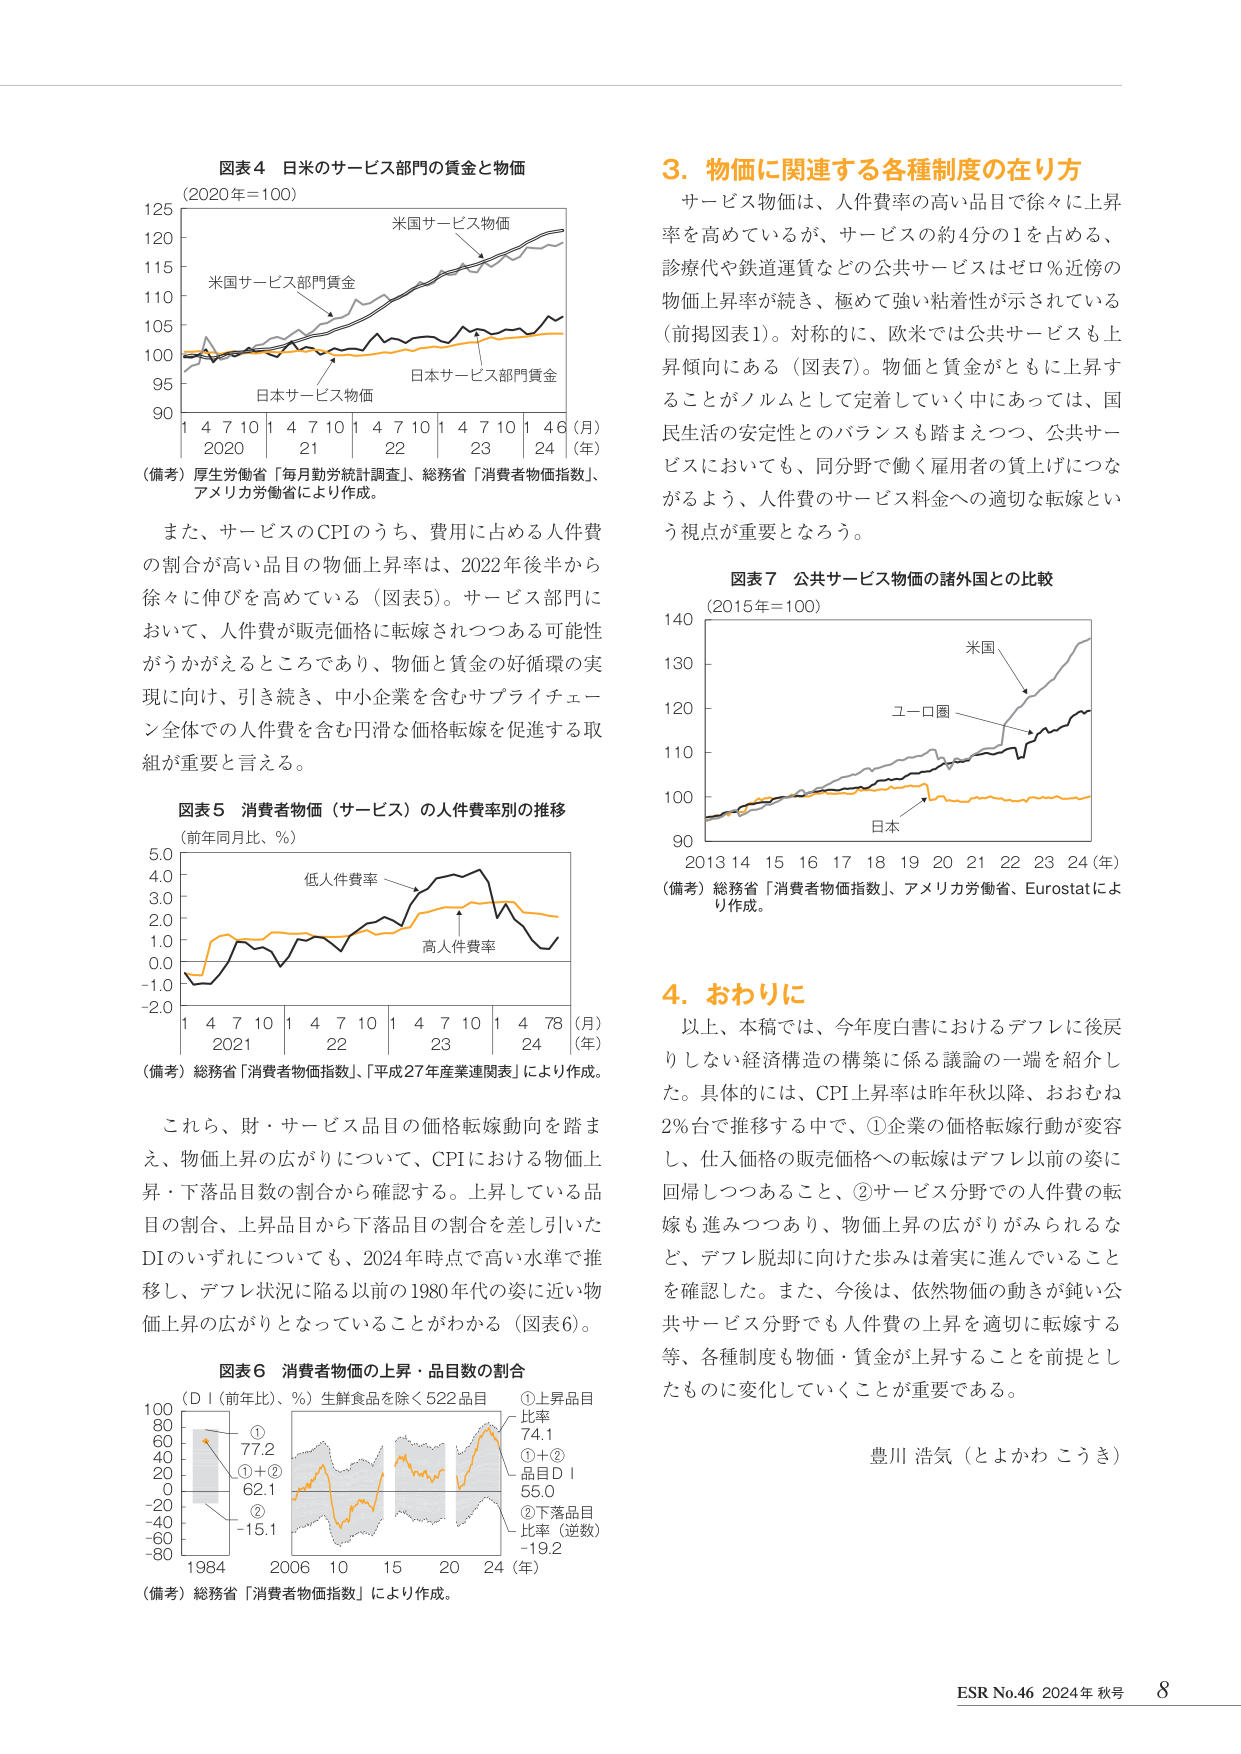
図表4 日米のサービス部門の賃金と物価
(2020年=100)
米国サービス物価
米国サービス部門賃金
日本サービス物価
日本サービス部門賃金
1 4 7 10 1 4 7 10 1 4 7 10 1 4 6 (月)
2020 21 22 23 24 (年)
(備考) 厚生労働省「毎月勤労統計調査」、総務省「消費者物価指数」、アメリカ労働省により作成。

また、サービスのCPIのうち、費用に占める人件費の割合が高い品目の物価上昇率は、2022年後半から徐々に伸びを高めている（図表5）。サービス部門において、人件費が販売価格に転嫁されつつある可能性がうかがえるところであり、物価と賃金の好循環の実現に向け、引き続き、中小企業を含むサプライチェーン全体での人件費を含む円滑な価格転嫁を促進する取組が重要と言える。

図表5 消費者物価（サービス）の人件費率別の推移
(前年同月比、％)
低人件費率
高人件費率
5.0
4.0
3.0
2.0
1.0
0.0
-1.0
-2.0
1 4 7 10 1 4 7 10 1 4 7 10 1 4 78 (月)
2021 22 23 24 (年)
(備考) 総務省「消費者物価指数」、「平成27年産業連関表」により作成。

これら、財・サービス品目の価格転嫁動向を踏まえ、物価上昇の広がりについて、CPIにおける物価上昇・下落品目数の割合から確認する。上昇している品目の割合、上昇品目から下落品目の割合を差し引いたDIのいずれについても、2024年時点で高い水準で推移し、デフレ状況に陥る以前の1980年代の姿に近い物価上昇の広がりとなっていることがわかる（図表6）。

図表6 消費者物価の上昇・品目数の割合
(DI（前年比、％）生鮮食品を除く522品目)
①上昇品目
比率 74.1
①＋②
品目DI 55.0
②下落品目
比率（逆数） -19.2
① 77.2
①＋② 62.1
② -15.1
1984 2006 10 15 20 24 (年)
(備考) 総務省「消費者物価指数」により作成。

3. 物価に関連する各種制度の在り方
サービス物価は、人件費率の高い品目で徐々に上昇率を高めているが、サービスの約4分の1を占める、診療代や鉄道運賃などの公共サービスはゼロ％近傍の物価上昇率が続き、極めて強い粘着性が示されている（前掲図表1）。対称的に、欧米では公共サービスも上昇傾向にある（図表7）。物価と賃金がともに上昇することがノルムとして定着していく中あっては、国民生活の安定性とのバランスも踏まえつつ、公共サービスにおいても、同分野で働く雇用者の賃上げにつながるよう、人件費のサービス料金への適切な転嫁という視点が重要となろう。

図表7 公共サービス物価の諸外国との比較
(2015年=100)
米国
ユーロ圏
日本
140
130
120
110
100
90
2013 14 15 16 17 18 19 20 21 22 23 24 (年)
(備考) 総務省「消費者物価指数」、アメリカ労働省、Eurostatにより作成。

4. おわりに
以上、本稿では、今年度白書におけるデフレに後戻りしない経済構造の構築に係る議論の一端を紹介した。具体的には、CPI上昇率は昨年秋以降、おおむね2％台で推移する中で、①企業の価格転嫁行動が変容し、仕入価格の販売価格への転嫁はデフレ以前の姿に回帰しつつあること、②サービス分野での人件費の転嫁も進みつつあり、物価上昇の広がりがみられるなど、デフレ脱却に向けた歩みは着実に進んでいることを確認した。また、今後は、依然物価の動きが鈍い公共サービス分野でも人件費の上昇を適切に転嫁する等、各種制度も物価・賃金が上昇することを前提としたものに変化していくことが重要である。

豊川 浩気（とよかわ こうき）

ESR No.46 2024年 秋号 8